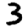
Digit: 3